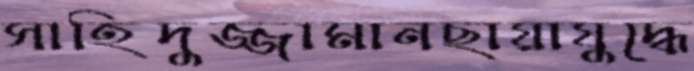
সাহিদুজ্জামানছায়াযুদ্ধে